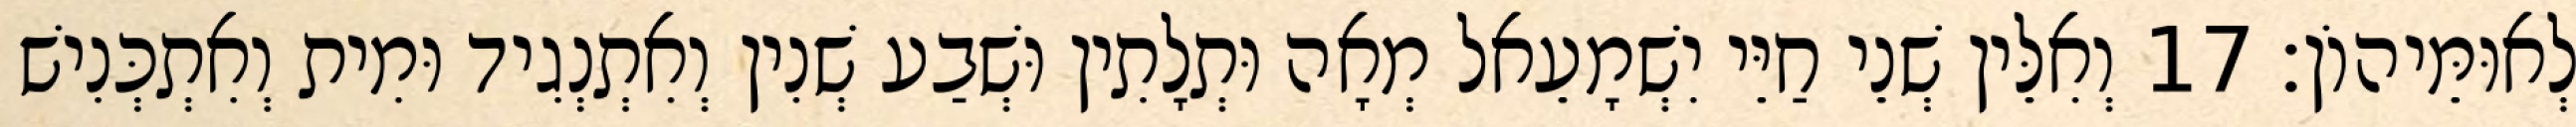
לְאוּמֵּיהוֹן׃ 17 וְאִלֵּין שְׁנֵי חַיֵּי יִשְׁמָעֵאל מְאָה וּתְלָתִין וּשְׁבַע שְׁנִין וְאִתְנְגִיד וּמִית וְאִתְכְּנִישׁ